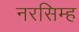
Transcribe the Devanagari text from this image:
नरसिम्ह